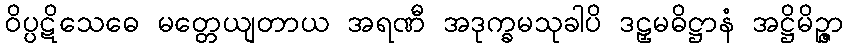
ဝိပ္ပဋိသေဓေ မတ္တေယျတာယ အရဏီ အဒုက္ခမသုခါပိ ဒဠှမဓိဋ္ဌာနံ အဋ္ဌိမိဉ္ဇာ